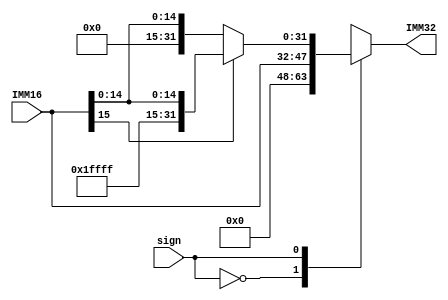
module extender(IMM16,IMM32,sign);
input[15:0] IMM16;
input sign;
output[31:0] IMM32;

reg[31:0] IMM32=0;

always @ (sign,IMM16)
begin
   case(sign)
	1'b0:IMM32<={2'h00,IMM16};
	1'b1:
   if(IMM16[15])
      IMM32<={{16'hffff},IMM16};
   else
      IMM32<={{16'h0000},IMM16};
	endcase
end

endmodule